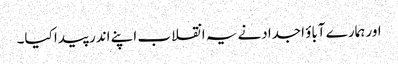
اور ہمارے آباؤ اجدادنے یہ انقلاب اپنے اندر پیدا کیا۔